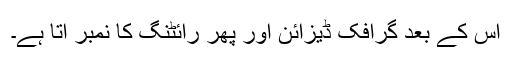
اس کے بعد گرافک ڈیزائن اور پھر رائٹنگ کا نمبر آتا ہے۔